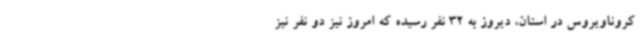
کروناویروس در استان، دیروز به 32 نفر رسیده که امروز نیز دو نفر نیز